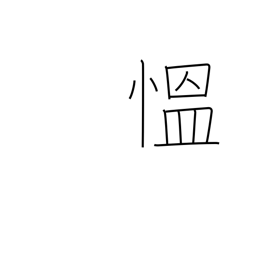
Meaning: be angry (excited)